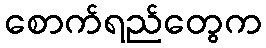
စောက်ရည်တွေက